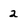
Character: 2